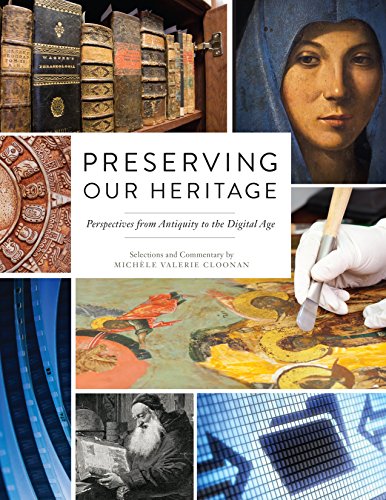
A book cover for Preserving our Heritage: Perspectives from Antiquity to the Digital Age; Michele Valerie Cloonan; Politics & Social Sciences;